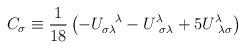
LaTeX: \begin{align*}C_\sigma \equiv \frac{1}{18} \left( - U_{\sigma \lambda }^{~~\lambda }- U^\lambda_{~\sigma \lambda } + 5 U^\lambda_{~\lambda \sigma }\right)\end{align*}